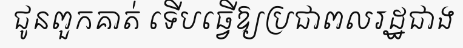
ជូនពួកគាត់ ទើបធ្វើឱ្យប្រជាពលរដ្ឋជាង